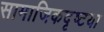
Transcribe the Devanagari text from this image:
सामाजिकदृष्‍टया